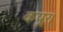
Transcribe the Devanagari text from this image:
कपूर।